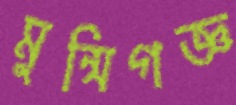
মুন্সিগজ্ঞ